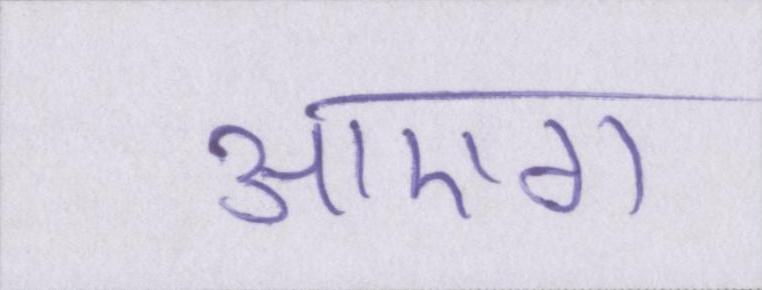
आएगा